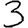
Digit: 3